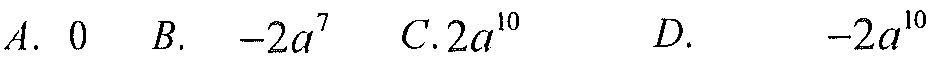
$A.\ 0\quad B.\ -2a^{7}\quad C.2a^{10}\quad D.\ -2a^{10}$